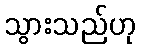
သွားသည်ဟု